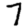
Digit: 7